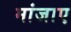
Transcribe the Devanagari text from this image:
मांजाए